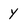
Character: y